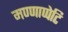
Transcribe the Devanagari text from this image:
मण्णाप्पेटि